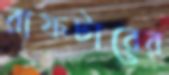
রাফটারের